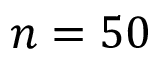
n = 5 0